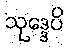
သုဒ္ဒေပိ